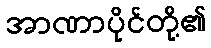
အာဏာပိုင်တို့၏